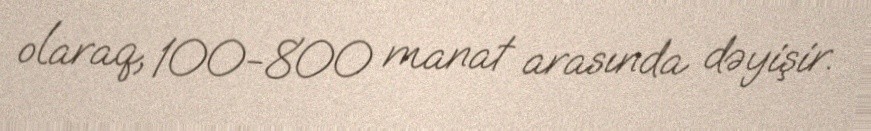
olaraq, 100-800 manat arasında dəyişir.